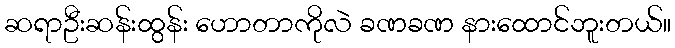
ဆရာဦးဆန်းထွန်း ဟောတာကိုလဲ ခဏခဏ နားထောင်ဘူးတယ်။